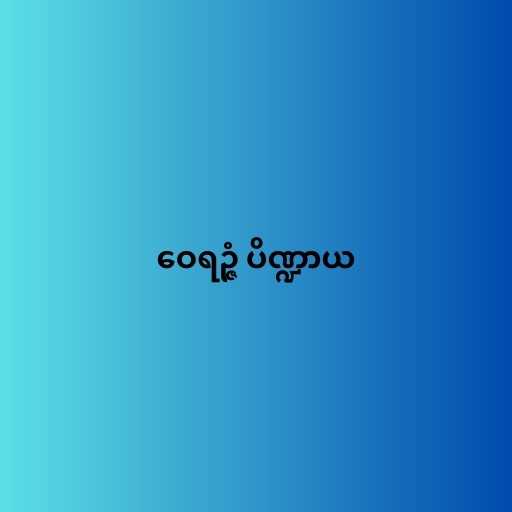
ဝေရဉ္ဇံ ပိဏ္ဍာယ